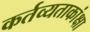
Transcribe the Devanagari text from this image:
कर्तव्यताकांक्षा